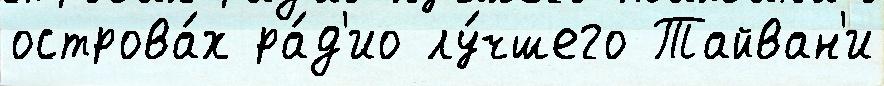
острова́х ра́д'ио лу́чшего Тайван'и